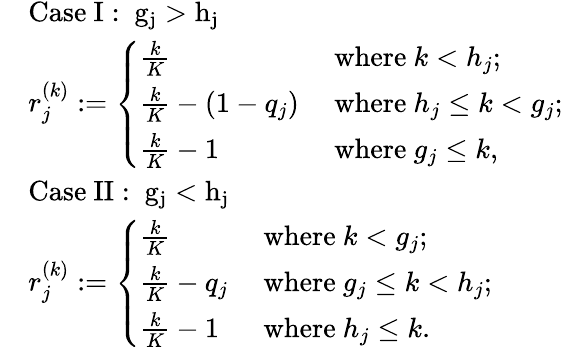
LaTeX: \begin{array}{rl}&{\mathrm{Case~I:~g_j>h_j~}}\\ &{r_{j}^{(k)}:=\left\{ \begin{array}{ll}{\frac{k}{K}}&{\mathrm{~where~}k<h_{j};}\\ {\frac{k}{K}-(1-q_{j})}&{\mathrm{~where~}h_{j}\leq k<g_{j};}\\ {\frac{k}{K}-1}&{\mathrm{~where~}g_{j}\leq k,}\end{array}\right.}\\ &{\mathrm{Case~II:~g_j<h_j~}}\\ &{r_{j}^{(k)}:=\left\{ \begin{array}{ll}{\frac{k}{K}}&{\mathrm{~where~}k<g_{j};}\\ {\frac{k}{K}-q_{j}}&{\mathrm{~where~}g_{j}\leq k<h_{j};}\\ {\frac{k}{K}-1}&{\mathrm{~where~}h_{j}\leq k.}\end{array}\right.}\end{array}